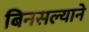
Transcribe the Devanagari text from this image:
बिनसल्याने